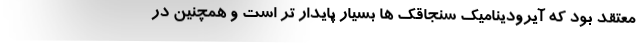
معتقد بود که آیرودینامیک سنجاقک ها بسیار پایدار تر است و همچنین در